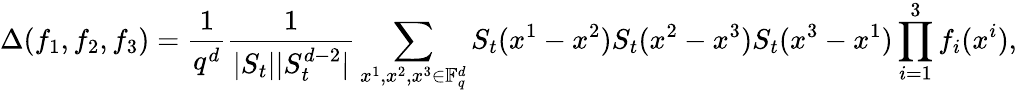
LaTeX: \Delta(f_{1},f_{2},f_{3})=\frac{1}{q^{d}}\frac{1}{|S_{t}||S_{t}^{d-2}|}\sum_{x^{1},x^{2},x^{3}\in\mathbb F_{q}^{d}}S_{t}(x^{1}-x^{2})S_{t}(x^{2}-x^{3})S_{t}(x^{3}-x^{1})\prod_{i=1}^{3}f_{i}(x^{i}),